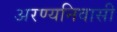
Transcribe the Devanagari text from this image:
अरण्यनिवासी